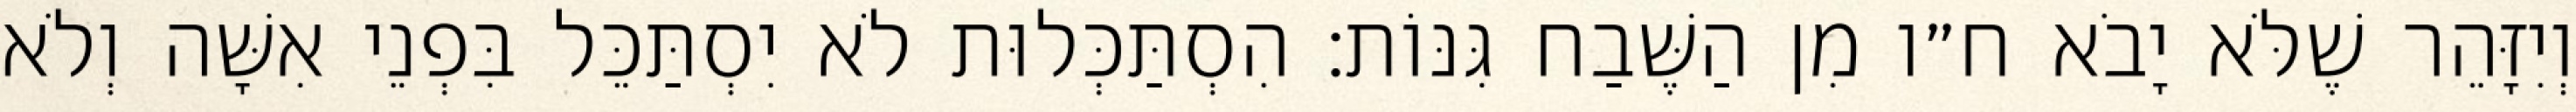
וְיִזָּהֵר שֶׁלֹּא יָבֹא ח״ו מִן הַשֶּׁבַח גִּנּוֹת: הִסְתַּכְּלוּת לֹא יִסְתַּכֵּל בִּפְנֵי אִשָּׁה וְלֹא